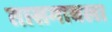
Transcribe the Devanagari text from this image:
तासगावला